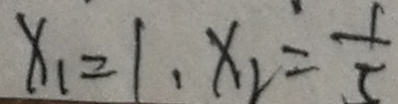
x _ { 1 } = 1 , x _ { 1 } = \frac { 1 } { 5 }